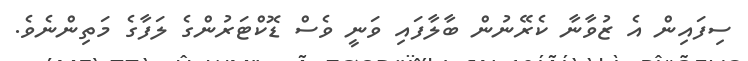
ސިފައިން އެ ޒުވާނާ ކެރޭނުން ބާލާފައި ވަނީ ވެސް ޑޮކްޓަރުންގެ ލަފާގެ މަތިންނެވެ.